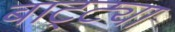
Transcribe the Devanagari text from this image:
बाट्ट्या